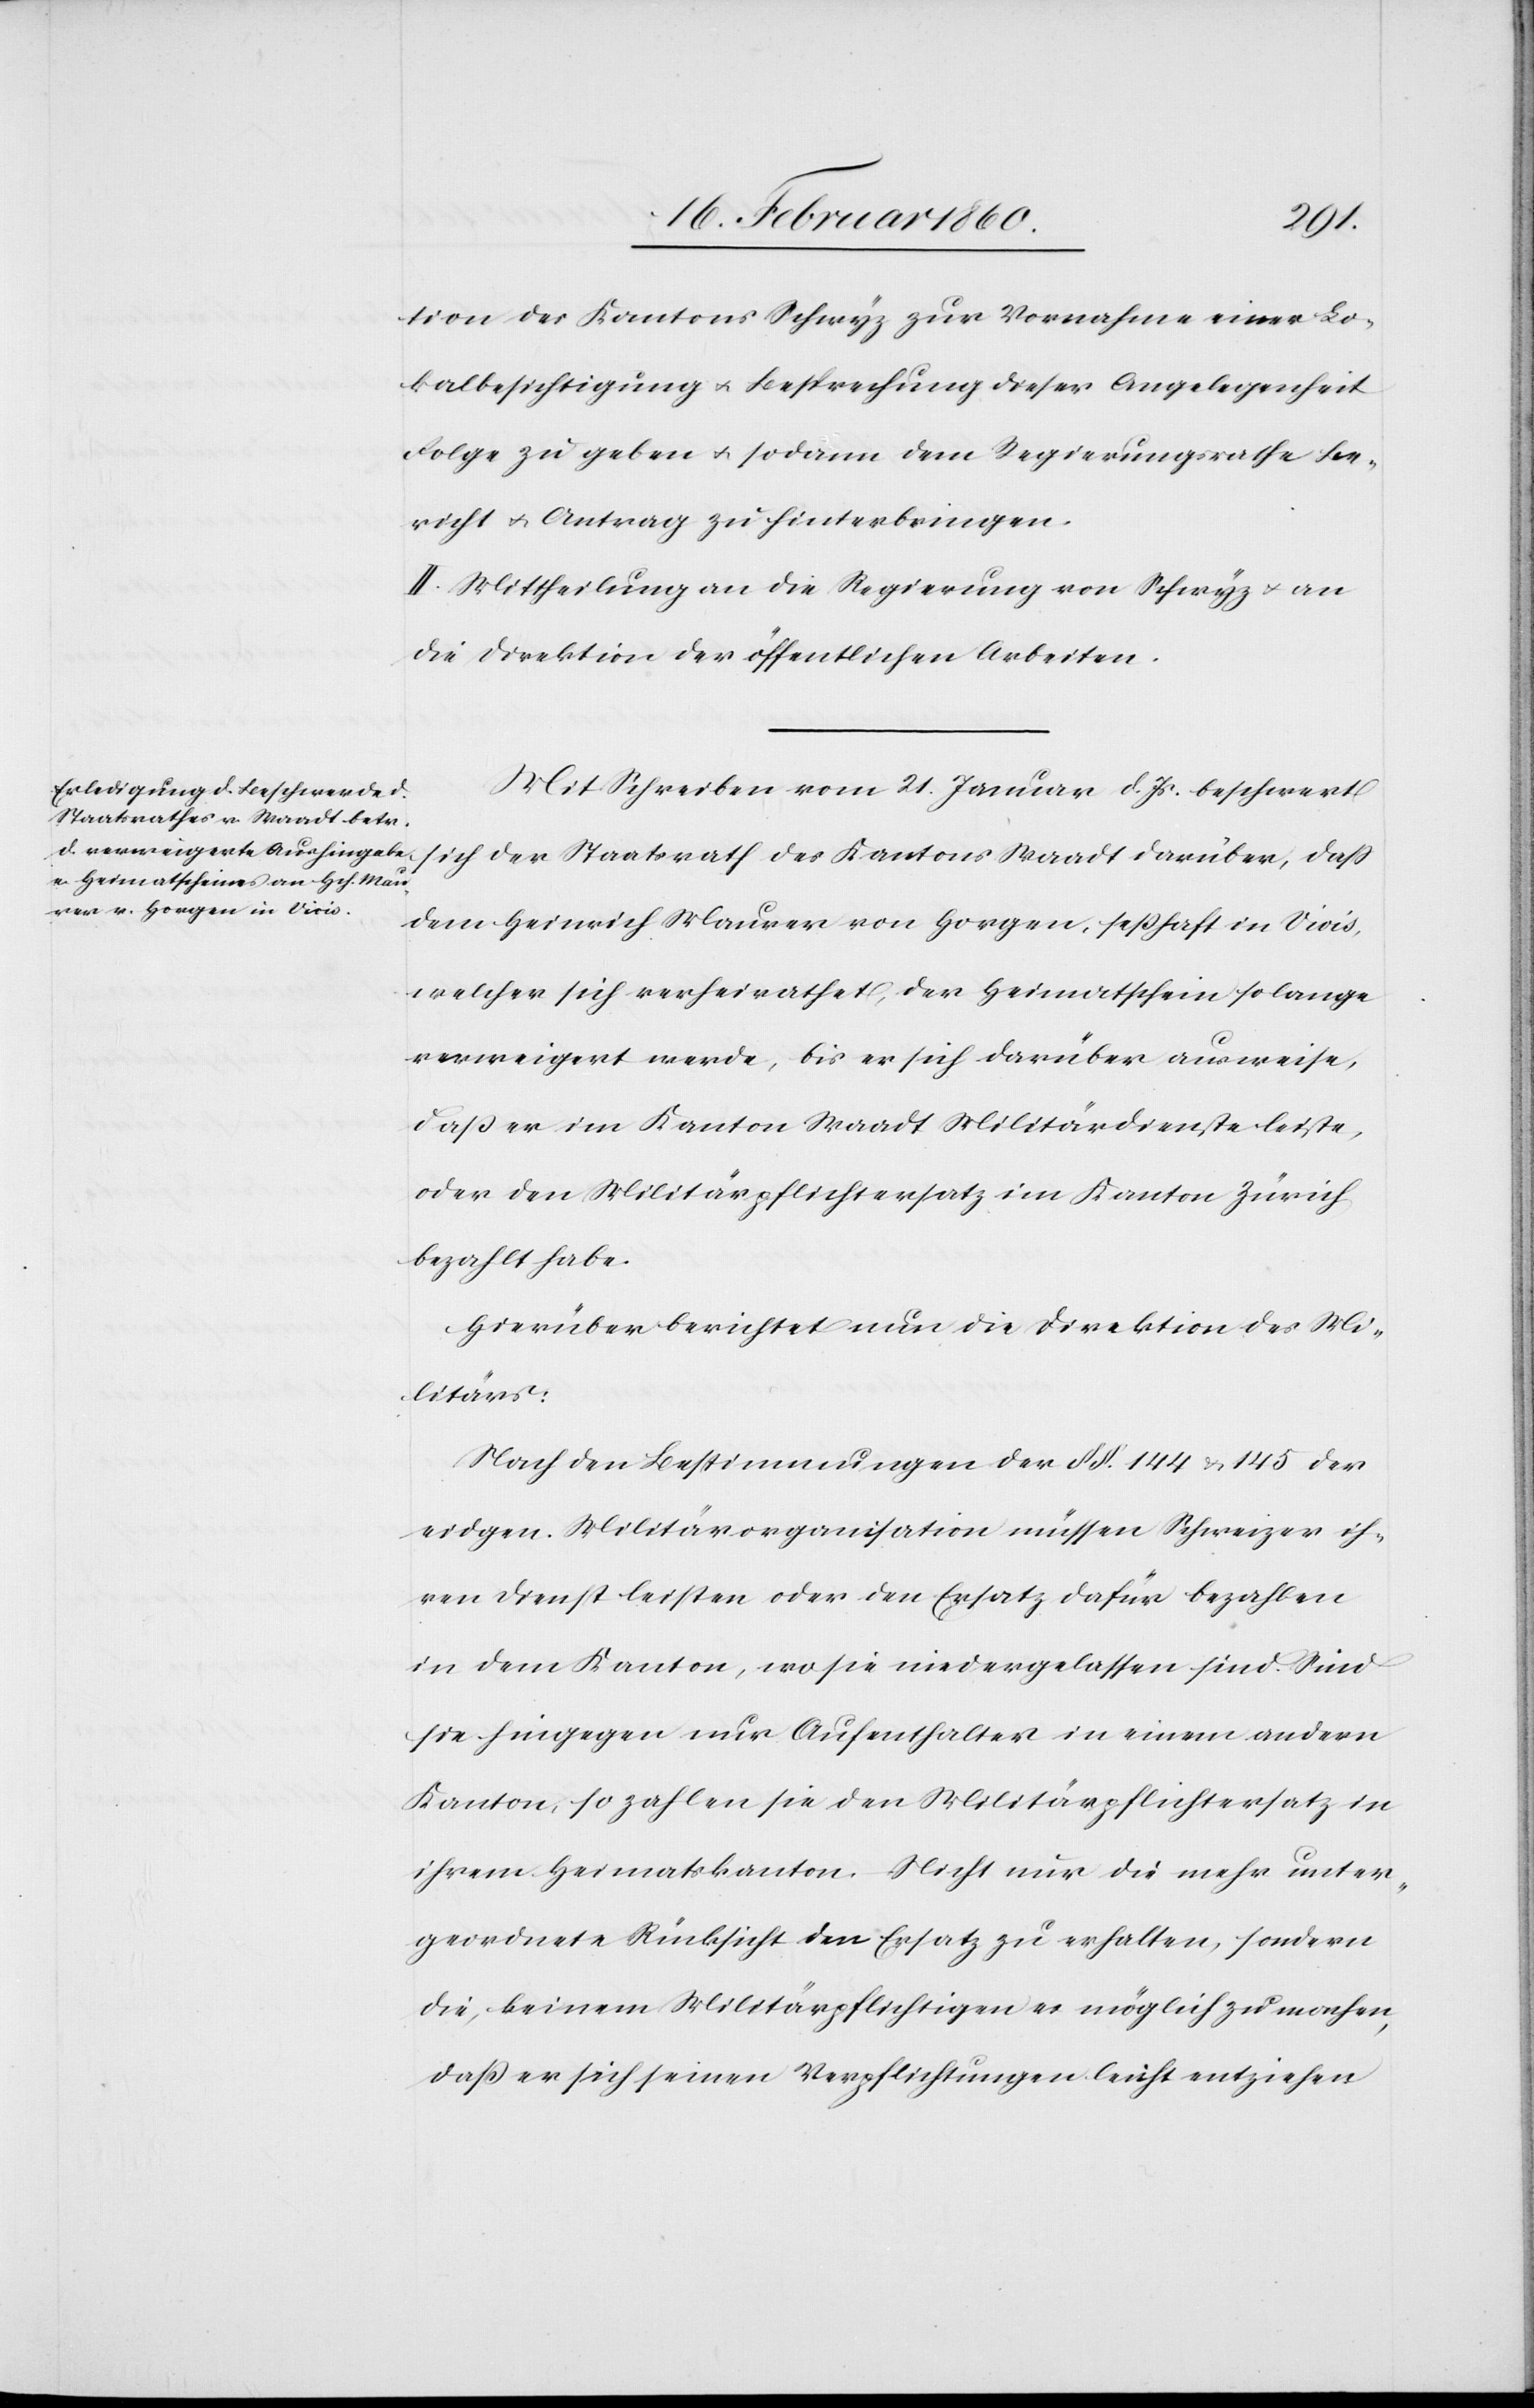
tion des Kantons Schwyz zur Vornahme einer Lo¬
kalbesichtigung u. Besprechung dieser Angelegenheit
Folge zu geben u. sodann dem Regierungsrathe Be¬
richt u. Antrag zu hinterbringen.
II. Mittheilung an die Regierung von Schwyz u. an
die Direktion der öffentlichen Arbeiten.
Mit Schreiben vom 21. Januar d. Js. beschwert
sich der Staatsrath des Kantons Waadt darüber, dass
dem Heinrich Maurer von Horgen, seßhaft in Vivis,
welcher sich verheirathet, der Heimathschein solange
verweigert werde, bis er sich darüber ausweise,
dass er im Kanton Waadt Militärdienste leiste,
oder den Militärpflichtersatz im Kanton Zürich
bezahlt habe.
Hierüber berichtet nun die Direktion des Mi¬
litärs:
Nach den Bestimmungen der §§. 144 u. 145 der
eidgen. Militärorganisation müssen Schweizer ih¬
ren Dienst leisten oder den Ersatz dafür bezahlen
in dem Kanton, wo sie niedergelassen sind. Sind
sie hingegen nur Aufenthalter in einem andern
Kanton, so zahlen sie den Militärpflichtersatz in
ihrem Heimatskanton. Nicht nur die mehr unter¬
geordnete Rücksicht den Ersatz zu erhalten, sondern
die, keinem Militärpflichtigen es möglich zu machen,
dass er sich seinen Verpflichtungen leicht entziehen